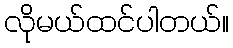
လိုမယ်ထင်ပါတယ်။